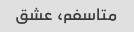
متاسفم، عشق